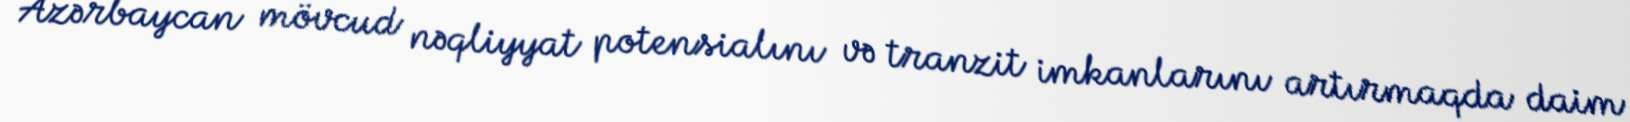
Azərbaycan mövcud nəqliyyat potensialını və tranzit imkanlarını artırmaqda daim